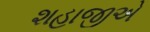
શહાજીએ